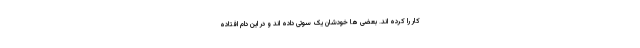
کار را کرده اند. بعضی ها خودشان یک سوتی داده اند و در این دام افتاده